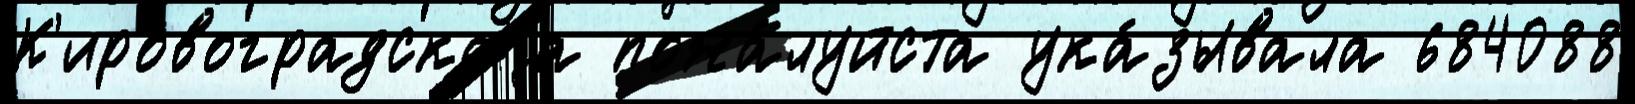
К'ировоградскаjа пожа́луйста ука́зывала 684088